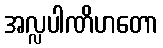
အလ္လပါဏိဟတော